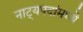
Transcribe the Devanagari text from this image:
नाट्यपदांमध्ये